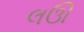
લઊ